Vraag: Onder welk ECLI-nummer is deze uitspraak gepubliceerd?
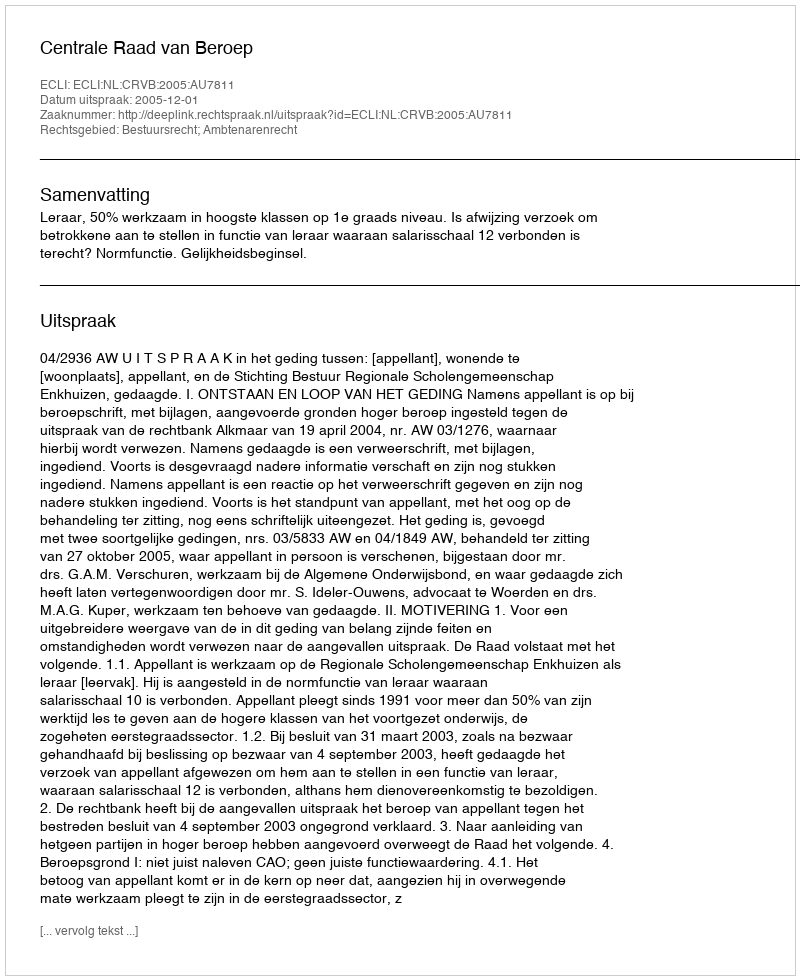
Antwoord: ECLI:NL:CRVB:2005:AU7811